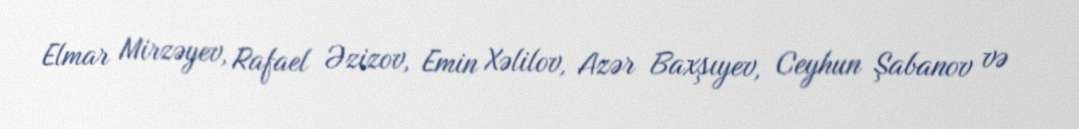
Elmar Mirzəyev, Rafael Əzizov, Emin Xəlilov, Azər Baxşıyev, Ceyhun Şabanov və